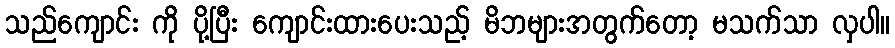
သည်ကျောင်း ကို ပို့ပြီး ကျောင်းထားပေးသည့် မိဘများအတွက်တော့ မသက်သာ လှပါ။